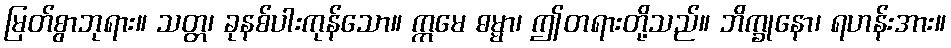
မြတ်စွာဘုရား။ သတ္တ၊ ခုနစ်ပါးကုန်သော။ ဣမေ ဓမ္မာ၊ ဤတရားတို့သည်။ ဘိက္ခုနော၊ ရဟန်းအား။